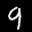
Label: 9